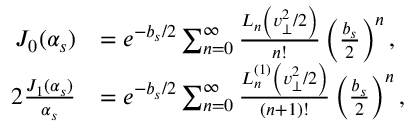
\begin{array} { r l } { J _ { 0 } ( \alpha _ { s } ) } & { = e ^ { - b _ { s } / 2 } \sum _ { n = 0 } ^ { \infty } \frac { L _ { n } \left( v _ { \perp } ^ { 2 } / 2 \right) } { n \mathrm { ! } } \left( \frac { b _ { s } } { 2 } \right) ^ { n } , } \\ { 2 \frac { J _ { 1 } ( \alpha _ { s } ) } { \alpha _ { s } } } & { = e ^ { - b _ { s } / 2 } \sum _ { n = 0 } ^ { \infty } \frac { L _ { n } ^ { ( 1 ) } \left( v _ { \perp } ^ { 2 } / 2 \right) } { ( n + 1 ) \mathrm { ! } } \left( \frac { b _ { s } } { 2 } \right) ^ { n } , } \end{array}